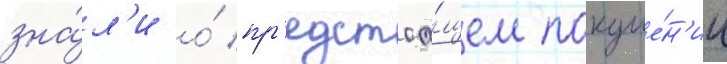
зна́л'и о́ пр'едстоа́щем покуше́н'ии